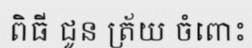
ពិធី ជូន ត្រ័យ ចំពោះ